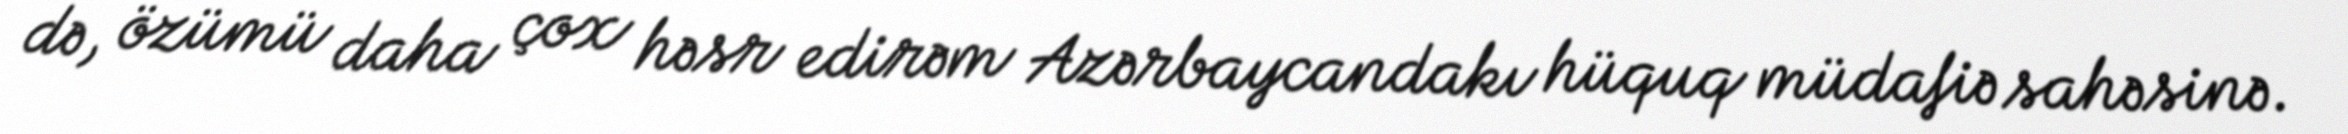
də, özümü daha çox həsr edirəm Azərbaycandakı hüquq müdafiə sahəsinə.